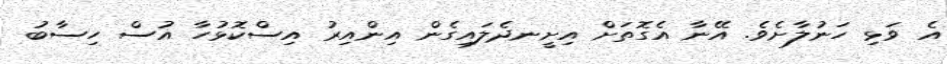
އެ ވަޅި ހަނުލާށެވެ. އޭނާ އެގޮތަށް އިށީނދެލައިގެން އިންއިރު އިސްކޮޅުހާ އުސް ހިސާބު